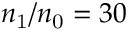
n _ { \mathrm { 1 } } / n _ { \mathrm { 0 } } = 3 0